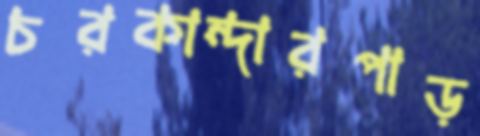
চরকান্দারপাড়